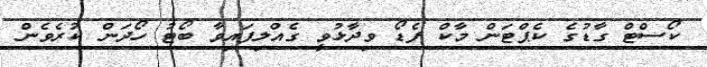
ކޯސްޓް ގާޑުގެ ކެޕްޓަން މާކް ފެޑޯ ވިދާޅުވީ ގެއްލިފައިވާ ބޯޓު ހޯދަން ކުރެވެން